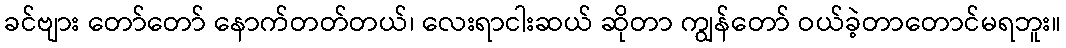
ခင်ဗျား တော်တော် နောက်တတ်တယ်၊ လေးရာငါးဆယ် ဆိုတာ ကျွန်တော် ဝယ်ခဲ့တာတောင်မရဘူး။